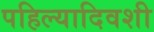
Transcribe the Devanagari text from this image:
पहिल्यादिवशी